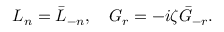
L _ { n } = \bar { L } _ { - n } , ~ ~ ~ G _ { r } = - i \zeta \bar { G } _ { - r } .